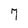
Character: 7